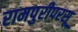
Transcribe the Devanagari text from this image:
रामपुरीपरसू